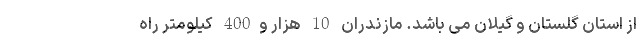
از استان گلستان و گیلان می باشد. مازندران 10 هزار و400 کیلومتر راه